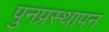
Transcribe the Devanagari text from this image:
पुनप्रस्थापन